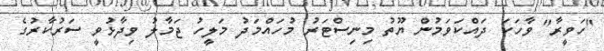
"ހަވީރާ" ވާހަކަ ދައްކަވަމުން ޔޫތު މިނިސްޓަރު މުހައްމަދު މަލީހު ޖަމާލު ވިދާޅުވީ ސަރުކާރުގެ